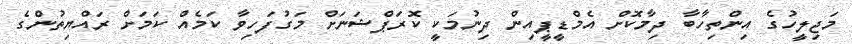
މަޖިލީހުގެ އިންތިހާބާ ދިމާކޮށް އެމްޑީޕީއިން ދިނުމަކީ ކޮރަޕްޝަނަށް މަގުފަހިވާ ކަމެއް ކަމަށް ރައްޔިތުންގެ